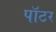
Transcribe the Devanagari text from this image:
पाॅटर